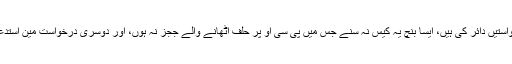
وکیل نے کہا کہ ہم نے دو متفرق درخواستیں دائر کی ہیں، ایسا بنچ یہ کیس نہ سنے جس میں پی سی او پر حلف اٹھانے والے ججز نہ ہوں، اور دوسری درخواست مین استدعا ہے کہ مقدمہ کراچی میں سنا جائے ۔